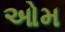
ઓમ